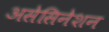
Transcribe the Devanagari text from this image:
असेसिनेशन